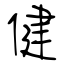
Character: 健